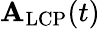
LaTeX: \mathbf{A}_{\textrm{LCP}}(t)